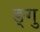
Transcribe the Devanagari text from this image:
ङ्गु